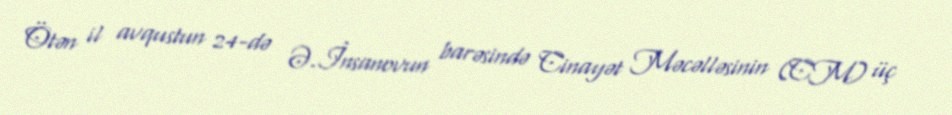
Ötən il avqustun 24-də Ə.İnsanovun barəsində Cinayət Məcəlləsinin (CM) üç